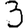
Digit: 3